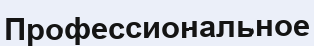
Профессиональное